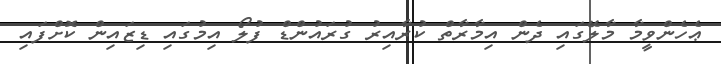
ޢެހެންވީމާ މާލޭގައި ދެން އިމާރާތް ކުރާއިރު ގުރައުންޑް ފުލޯ އިމުގައި ޑިޒައިން ކޮށްފައި